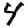
Digit: 4